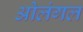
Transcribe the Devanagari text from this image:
ओलंगल